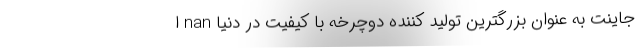
جاینت به عنوان بزرگترین تولید کننده دوچرخه با کیفیت در دنیا nan ا